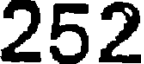
252